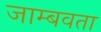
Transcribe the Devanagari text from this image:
जाम्बवता